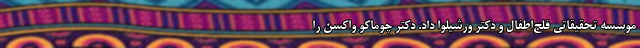
موسسه تحقیقاتی فلج‌اطفال و دکتر ورشیلوا داد. دکتر چوماکو واکسن را